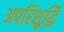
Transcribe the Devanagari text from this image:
अपरिशुद्धि